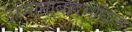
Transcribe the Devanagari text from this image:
उस्मानाबादमधिल